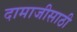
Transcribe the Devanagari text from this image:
दामाजीसाठी